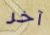
آخر